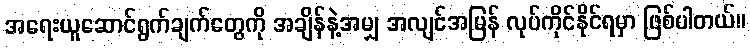
အရေးယူဆောင်ရွက်ချက်တွေကို အချိန်နဲ့အမျှ အလျင်အမြန် လုပ်ကိုင်နိုင်ရမှာ ဖြစ်ပါတယ်။